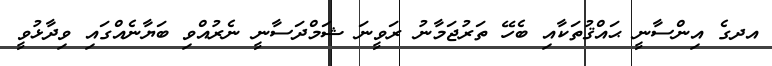
އދގެ އިންސާނީ ޙައްޤުތަކާއި ބެހޭ ތަރުޖަމާނު ރަވީނަ ޝަމްދަސާނީ ނެރުއްވި ބަޔާނެއްގައި ވިދާޅުވީ